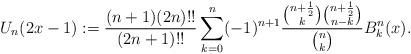
LaTeX: \begin{align*}U_{n}(2x-1):=\frac{(n+1)(2n)!!}{(2n+1)!!}\sum_{k=0}^{n}(-1)^{n+1}\frac{\binom{n+\frac{1}{2}}{k}\binom{n+\frac{1}{2}}{n-k}}{\binom{n}{k}}B_{k}^{n}(x).\end{align*}